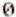
0